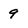
Character: 9